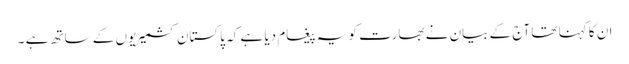
ان کا کہنا تھا آج کے بیان نے بھارت کو یہ پیغام دیا ہے کہ پاکستان کشمیریوں کے ساتھ ہے ۔